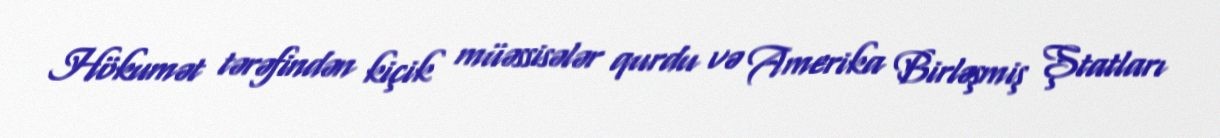
Hökumət tərəfindən kiçik müəssisələr qurdu və Amerika Birləşmiş Ştatları